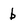
Character: b